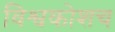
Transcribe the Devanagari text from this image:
विश्वकोशच